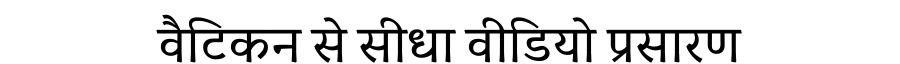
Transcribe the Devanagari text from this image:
वैटिकन से सीधा वीडियो प्रसारण